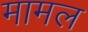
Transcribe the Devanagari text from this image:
मामल